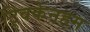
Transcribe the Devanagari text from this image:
ट्विकेनहम